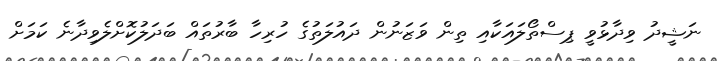
ނަޝީދު ވިދާޅުވީ ޕިސްތޯލައަކާއި ތިން ވަޒަނުން ދައުލަތުގެ ހުރިހާ ބާރުތައް ބަދަލުކޮށްލެވިދާނެ ކަމަށް